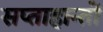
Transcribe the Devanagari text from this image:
सप्ताहान्तों